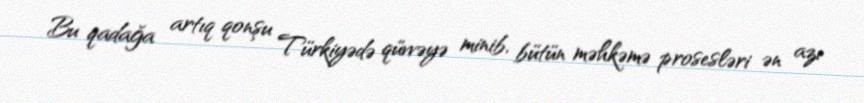
Bu qadağa artıq qonşu Türkiyədə qüvvəyə minib, bütün məhkəmə prosesləri ən azı